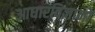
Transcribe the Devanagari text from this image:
आधारविज्ञानों